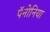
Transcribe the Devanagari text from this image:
पॅनोनिया